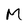
Character: M